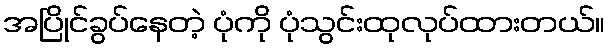
အပြိုင်ခွပ်နေတဲ့ ပုံကို ပုံသွင်းထုလုပ်ထားတယ်။